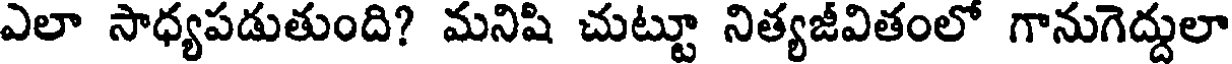
ఎలా సాధ్యపడుతుంది? మనిషి చుట్టూ నిత్యజీవితంలో గానుగెద్దులా